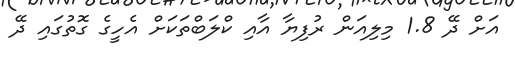
އަށް ދޭ 1.8 މިލިއަން ރުފިޔާ އާއި ކްލަބްތަކަށް އެހީގެ ގޮތުގައި ދޭ